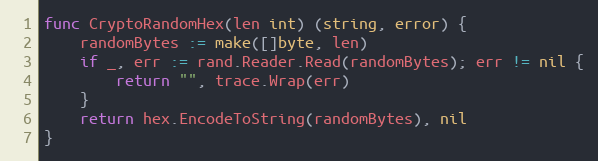
Language: Go
func CryptoRandomHex(len int) (string, error) {
	randomBytes := make([]byte, len)
	if _, err := rand.Reader.Read(randomBytes); err != nil {
		return "", trace.Wrap(err)
	}
	return hex.EncodeToString(randomBytes), nil
}